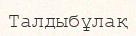
Талдыбұлақ